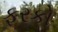
ફરકો